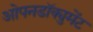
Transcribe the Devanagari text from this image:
ओपनडॉक्युमेंट